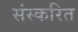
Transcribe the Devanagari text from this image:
संस्करित